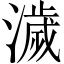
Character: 濊